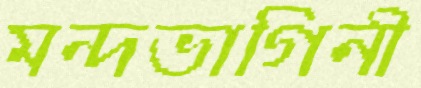
মন্দভাগিনী